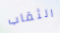
الثقاب